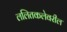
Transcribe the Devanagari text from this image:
ललितकलेवरील